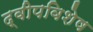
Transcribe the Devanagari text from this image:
द्वीपविशेष